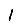
Digit: 1